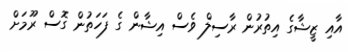
އާއި ޒީޝާގެ އިތުރުން ރާސިލް ވެސް އިޝާން ގެ ފަހަތުން ގޮސް ރޫމަށް